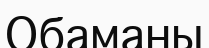
Обаманы